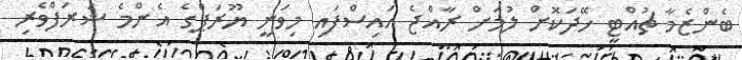
ބެންޒެމާ ޗުއްޓީ ހޭދަކޮށް ލުމަށް ރާއްޖެ އައިސްފައި މިވަނީ ޔޫރަޕްގެ އެންމެ ޝަރަފްވެރި